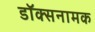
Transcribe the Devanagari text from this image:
डॉक्सनामक